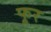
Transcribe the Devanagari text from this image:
फूर